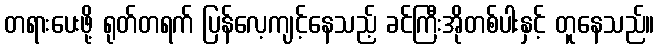
တရားပေးဖို့ ရုတ်တရက် ပြန်လေ့ကျင့်နေသည့် ခင်ကြီးအိုတစ်ပါးနှင့် တူနေသည်။